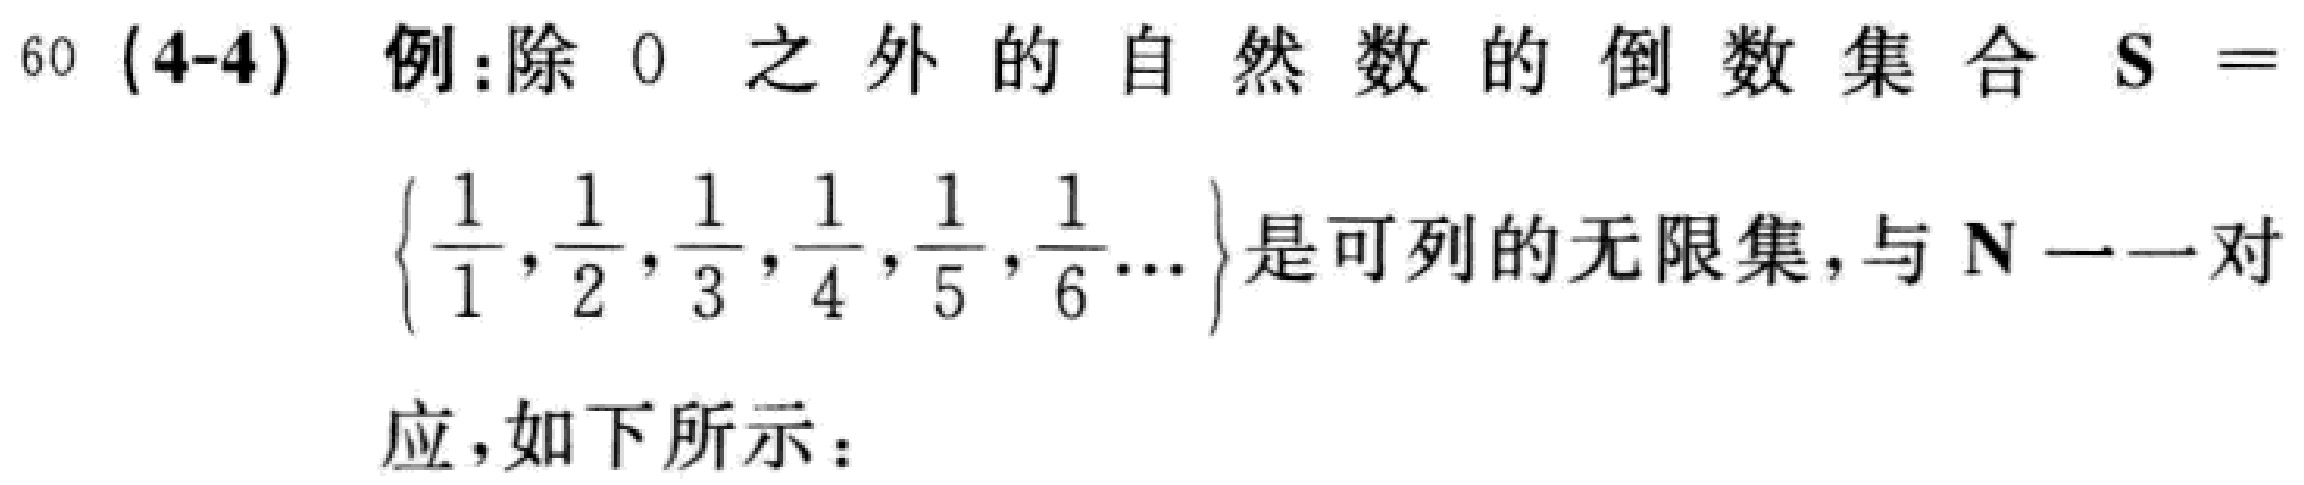
60 (4-4) 例:除 \(0\) 之外的自然数的倒数集合 \(S = \left\{\frac{1}{1},\frac{1}{2},\frac{1}{3},\frac{1}{4},\frac{1}{5},\frac{1}{6}\cdots\right\}\)是可列的无限集，与 \(\mathbf{N}\) 一一对
应，如下所示：